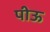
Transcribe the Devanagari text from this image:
पीऊ